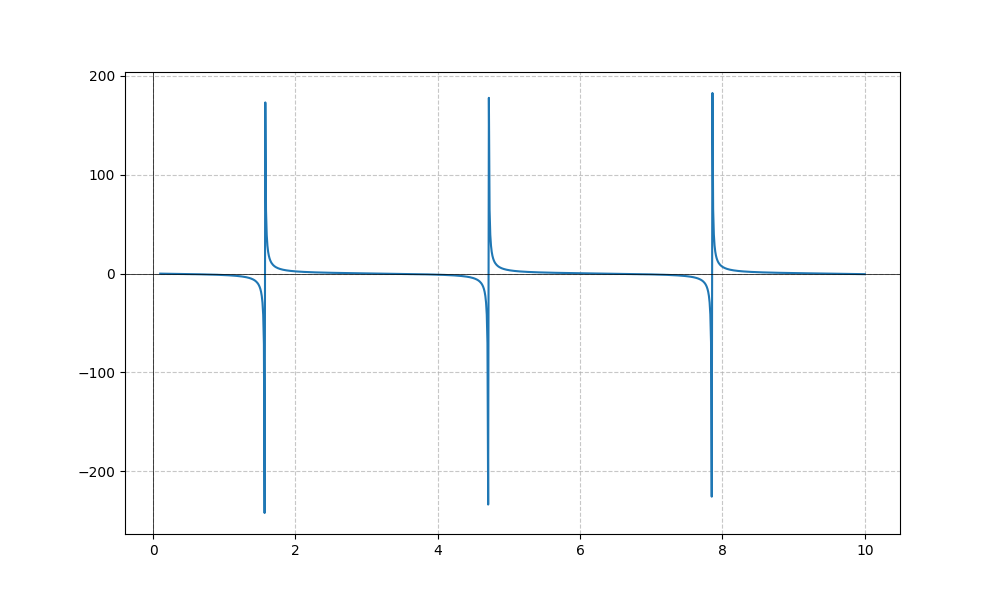
LaTeX formula: - \tan{\left(x \right)}